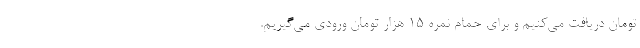
تومان دریافت می‌کنیم و برای حمام نمره ۱۵ هزار تومان ورودی می‌گیریم.